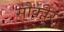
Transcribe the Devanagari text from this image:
सौकीर